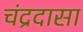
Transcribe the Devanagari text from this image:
चंद्रदासा